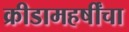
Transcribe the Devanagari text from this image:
क्रीडामहर्षींचा